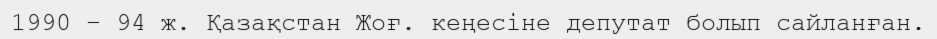
1990 – 94 ж. Қазақстан Жоғ. кеңесіне депутат болып сайланған.